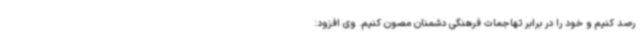
رصد کنیم و خود را در برابر تهاجمات فرهنگی دشمنان مصون کنیم. وی افزود: